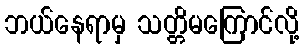
ဘယ်နေရာမှ သတ္တိမကြောင်လို့